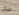
جيش